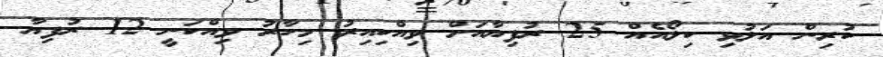
ކުރިން އަލުވި ކިލޯއެއް 25 ރުފިޔާއަށް ވިއްކިއިރު މިހާރު ވިއްކަނީ 12 ރުފިޔާ